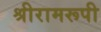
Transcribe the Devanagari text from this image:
श्रीरामरूपी